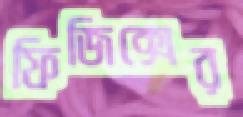
ফিজিক্সের